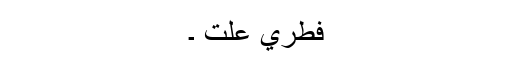
فطري علت ۔